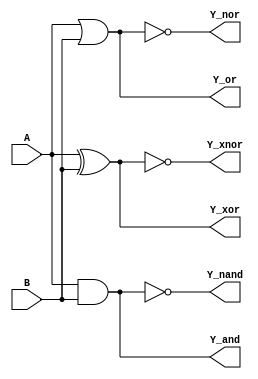
module logic_gate_Dataflow(input A,
                           input B,
						   output Y_and,
						   output Y_nand,
						   output Y_nor,
						   output Y_or,
						   output Y_xnor,
						   output Y_xor);
  
 assign Y_and=A&B;
 assign Y_nand=~(A&B);
 assign Y_or=A|B;
 assign Y_nor=~(A|B);
 assign Y_xor=A^B;
 assign Y_xnor=~(A^B);
 
endmodule